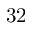
3 2